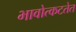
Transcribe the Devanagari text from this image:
भावोत्कटतेत